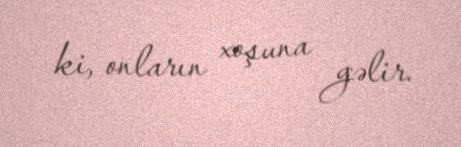
ki, onların xoşuna gəlir.